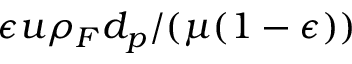
\epsilon u \rho _ { F } d _ { p } / ( \mu ( 1 - \epsilon ) )